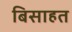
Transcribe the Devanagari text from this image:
बिसाहत